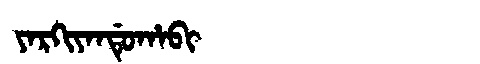
Manchu: ᠶᠠᡵᡴᡳᠶᠠᠨᡩᡠᡥᠠᠪᡳ
Romanization: YARKIYANDUHABI